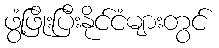
ဖွံ့ဖြိုးပြီးနိုင်ငံများတွင်